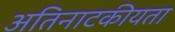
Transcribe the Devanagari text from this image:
अतिनाटकीयता